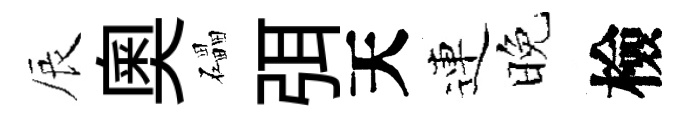
辰奧礧弭天連晚檢